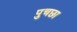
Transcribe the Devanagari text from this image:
पुचछा